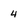
Character: 4